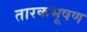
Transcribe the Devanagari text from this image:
तारकभूषण